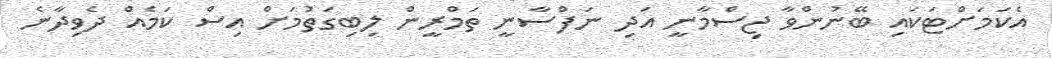
އެކަމަށްޓަކައި ބޭނުންވާ ޖިސްމާނީ އަދި ނަފްސާނީ ތަމްރީން ލިބިގަތުމަށް އިސް ކަމެއް ދެވިދާނެ